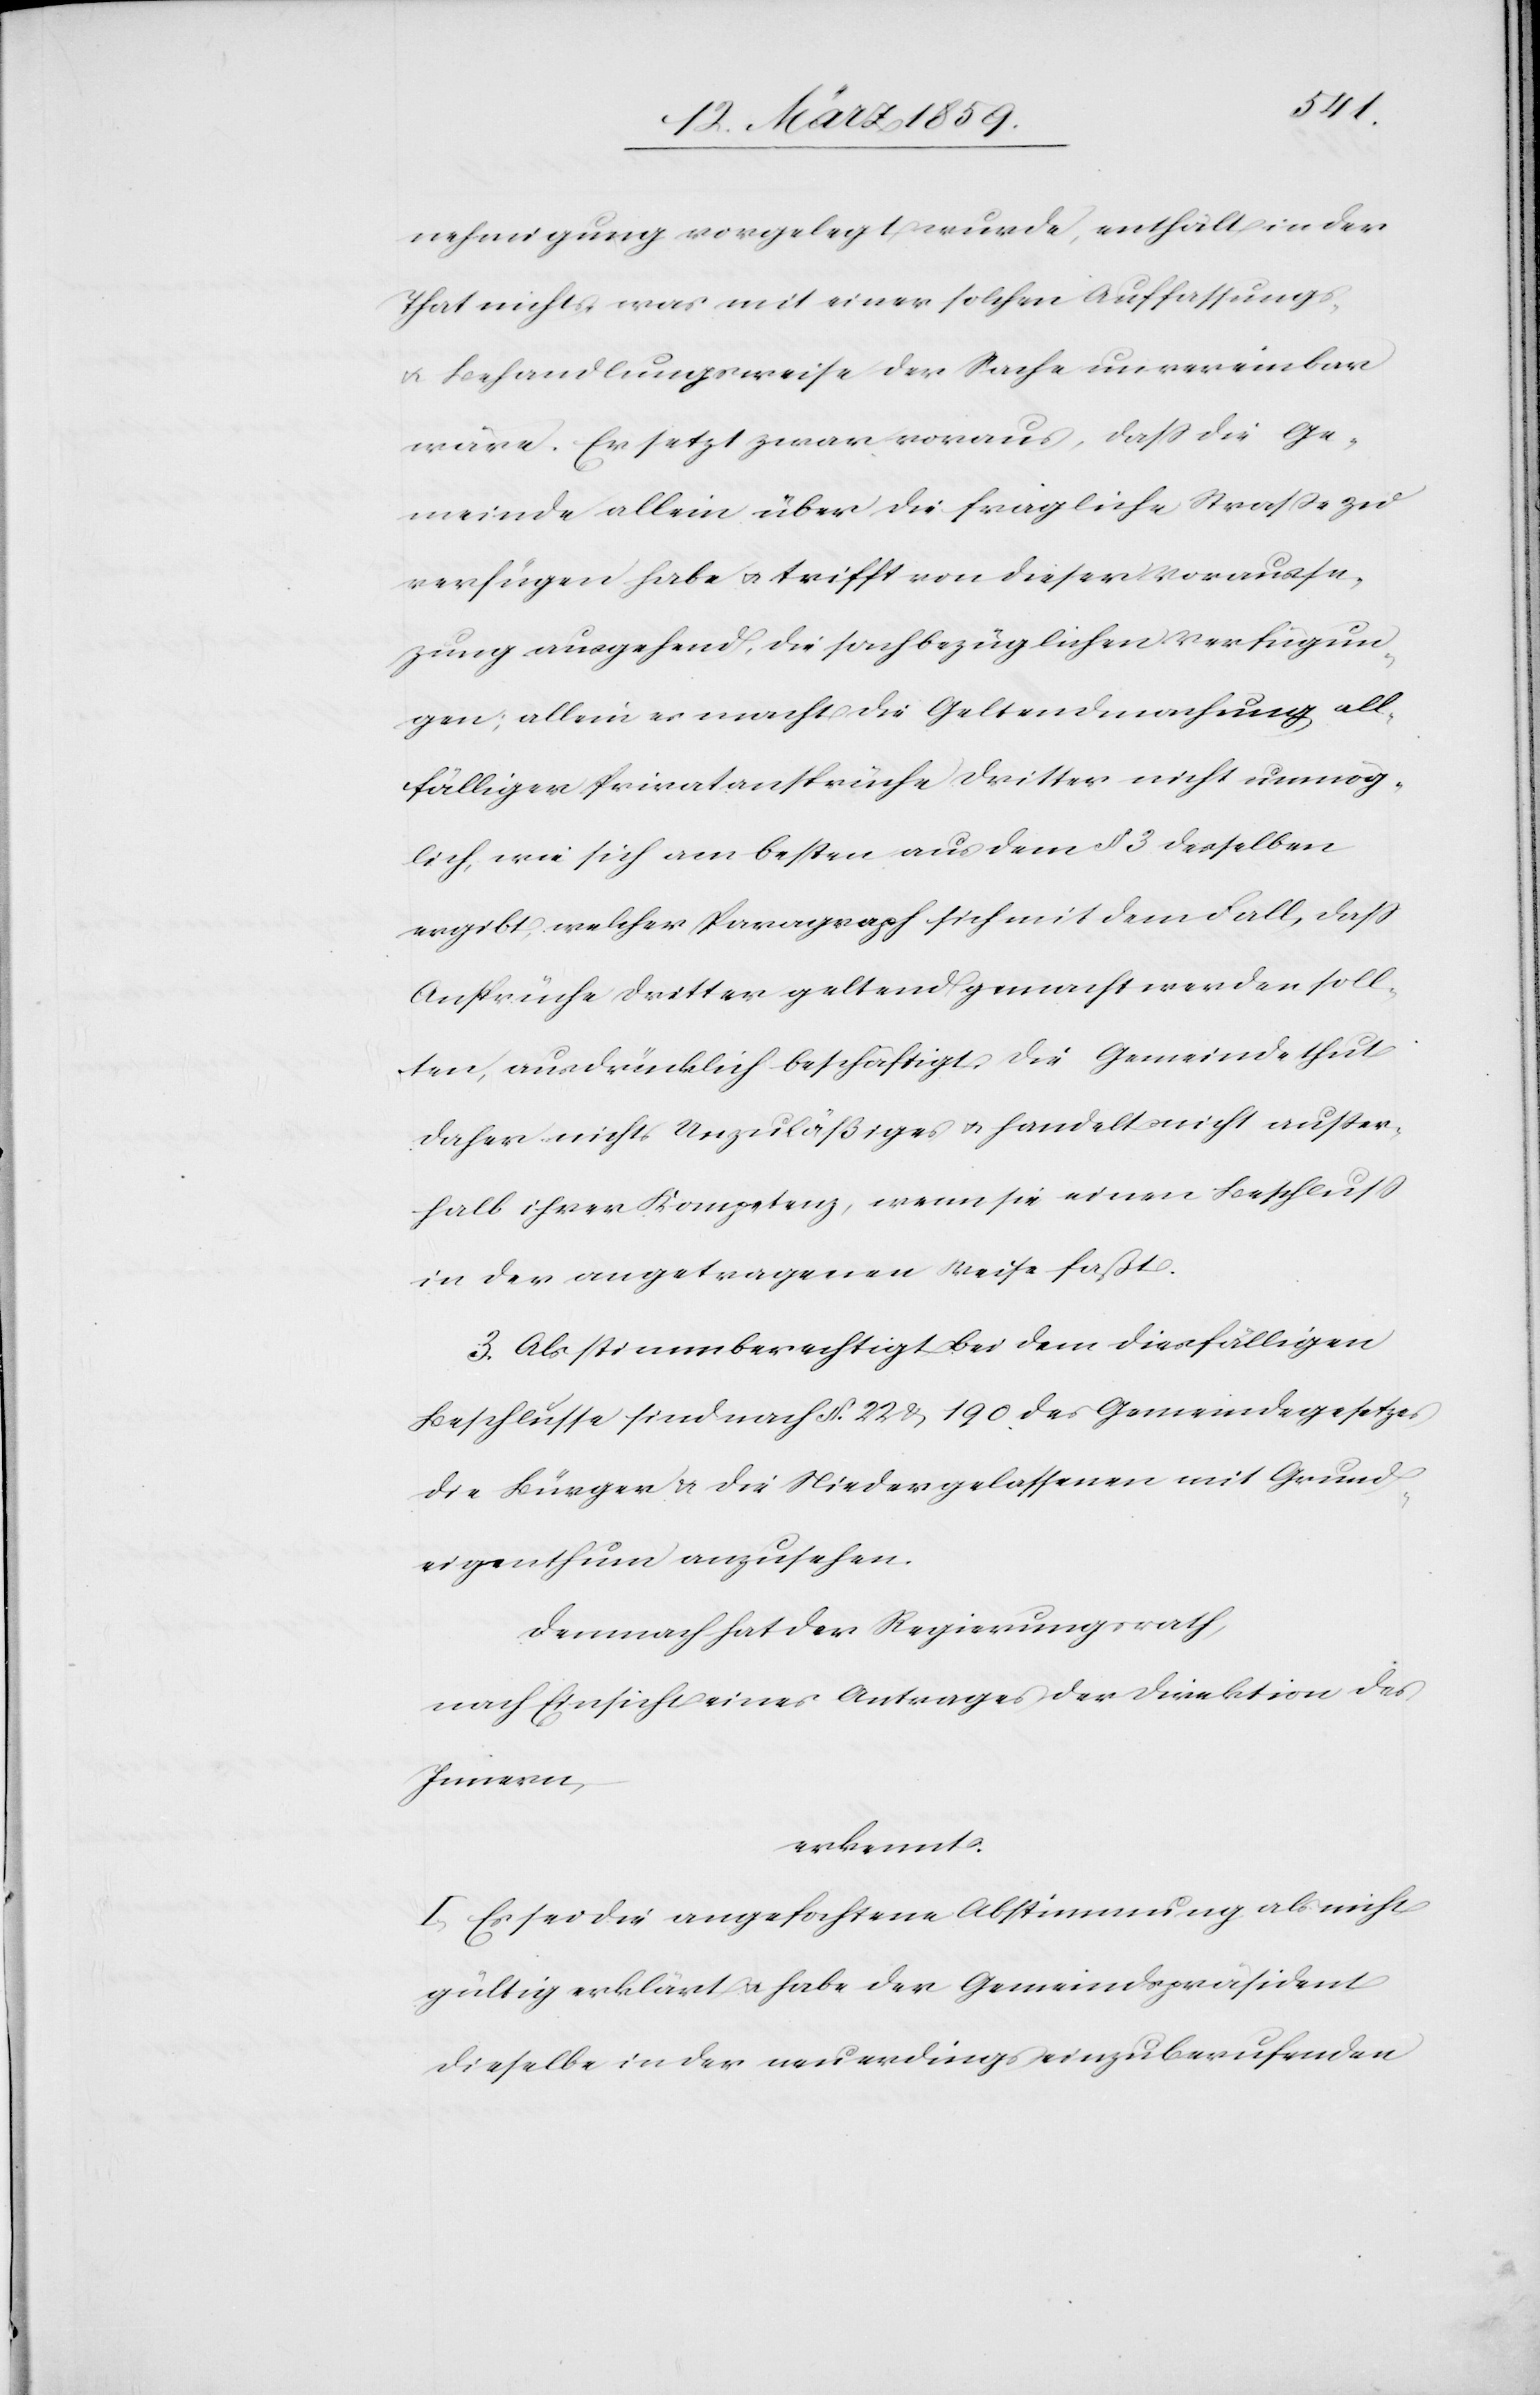
nehmigung vorgelegt wurde, enthält in der
That nichts, was mit einer solchen Auffassungs-
u. Behandlungsweise der Sache unvereinbar
wäre. Er setzt zwar voraus, daß die Ge¬
meinde allein über die fragliche Straße zu
verfügen habe u. trifft von dieser Vorauss¬
e[t]zung ausgehend, die sachbezüglichen Verfügun¬
gen; allein es macht die Geltendmachung all¬
fälliger Privatansprüche dritter nicht unmög¬
lich, wie sich am besten aus dem § 3 desselben
ergibt, welcher Paragraph sich mit dem Fall, daß
Ansprüche dritter geltend gemacht werden soll¬
ten, ausdrücklich beschäftigt. Die Gemeinde thut
daher nichts Unzuläßiges u. handelt nicht außer¬
halb ihrer Kompetenz, wenn sie einen Beschluß
in der angetragenen Weise faßt.
3) Als stimmberechtigt bei dem diesfälligen
Beschlusse sind nach §. 22 & 190. des Gemeindegesetzes
die Bürger & die Niedergelassenen mit Grund¬
eigenthum anzusehen.
Demnach hat der Regierungsrath,
nach Einsicht eines Antrages der Direktion des
Innern,
erkennt:
I. Es sei die angefochtene Abstimmung als nicht
gültig erklärt u. habe der Gemeindspräsident
dieselbe in der neuerdings einzuberufenden